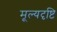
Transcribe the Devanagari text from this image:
मूल्यदृष्टि